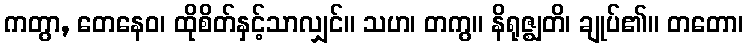
ကတွာ, တေနေဝ၊ ထိုစိတ်နှင့်သာလျှင်။ သဟ၊ တကွ။ နိရုဇ္ဈတိ၊ ချုပ်၏။ တတော၊